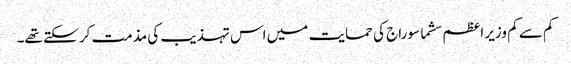
کم سے کم وزیر اعظم سشما سوراج کی حمایت میں اس تہذیب کی مذمت کر سکتے تھے۔